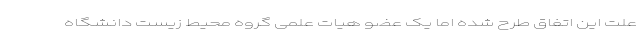
علت این اتفاق طرح شده اما یک عضو هیات علمی گروه محیط زیست دانشگاه